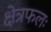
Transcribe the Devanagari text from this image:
क्षेत्रफलः